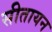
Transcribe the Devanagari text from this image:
सीतायन